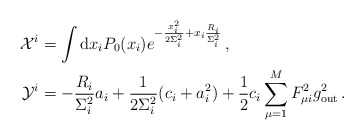
\begin{align*}{\cal X}^{ i } &= \int {\rm d}x_{ i } P_0(x_{i }) e^{- \frac{x^2_{ i} }{2 \Sigma^2_{i }} + x_{i } \frac{R_{ i }}{\Sigma^2_{ i }} } \,, \\ {\cal Y}^i&= - \frac{R_{i }}{ \Sigma^2_{ i }} a_{ i } + \frac{1}{2 \Sigma^2_{i }} (c_{i } + a^2_{i })+ \frac{1}{2} c_i\sum_{\mu=1}^M F^2_{\mu i} g^2_{\rm out} \, .\end{align*}